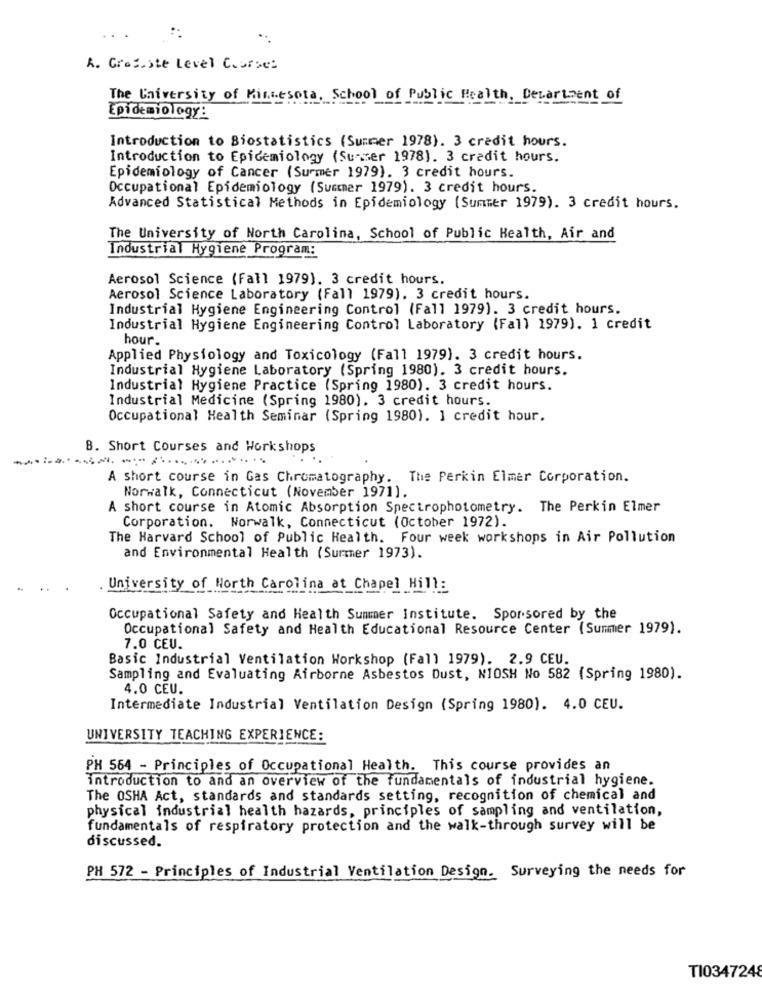
A. Graf.ste Level Course:
The University of Minnesota, School of Public Health, Department of
Epidemiology:
Introduction to Biostatistics (Summer 1978). 3 credit hours.
Introduction to Epidemiology (Susser 1978). 3 credit hours.
Epidemiology of Cancer (Surmer 1979). 3 credit hours.
Occupational Epidemiology (Summer 1979). 3 credit hours.
Advanced Statistical Methods in Epidemiology (Summer 1979). 3 credit hours.
The University of North Carolina, School of Public Health, Air and
Industrial Hygiene Program:
Aerosol Science (Fall 1979). 3 credit hours.
Aerosol Science Laboratory (Fall 1979). 3 credit hours.
Industrial Hygiene Engineering Control (Fall 1979). 3 credit hours.
Industrial Hygiene Engineering Control Laboratory (Fall 1979). 1 credit
hour.
Applied Physiology and Toxicology (Fall 1979). 3 credit hours.
Industrial Hygiene Laboratory (Spring 1980). 3 credit hours.
Industrial Hygiene Practice (Spring 1980). 3 credit hours.
Industrial Medicine (Spring 1980). 3 credit hours.
Occupational Health Seminar (Spring 1980). 1 credit hour.
B. Short Courses and Workshops
A short course in Gas Chromatography. The Perkin Elmer Corporation.
Norwalk, Connecticut (November 1971).
A short course in Atomic Absorption Spectrophotometry. The Perkin Elmer
Corporation. Norwalk, Connecticut (October 1972).
The Harvard School of Public Health. Four week workshops in Air Pollution
and Environmental Health (Surmer 1973).
University of North Carolina at Chapel Hill:
Occupational Safety and Health Summer Institute. Spor.sored by the
Occupational Safety and Health Educational Resource Center (Summer 1979).
7.0 CEU.
Basic Industrial Ventilation Workshop (Fall 1979). 2.9 CEU.
Sampling and Evaluating Airborne Asbestos Dust, NIOSH No 582 (Spring 1980).
4.0 CEU.
Intermediate Industrial Ventilation Design (Spring 1980). 4.0 CEU.
UNIVERSITY TEACHING EXPERIENCE:
PH 564 - Principles of Occupational Health. This course provides an
introduction to and an overview of the fundamentals of industrial hygiene.
The OSHA Act, standards and standards setting, recognition of chemical and
physical industrial health hazards, principles of sampling and ventilation,
fundamentals of respiratory protection and the walk-through survey will be
discussed.
PH 572 - Principles of Industrial Ventilation Design. Surveying the needs for
TI0347248